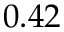
0 . 4 2